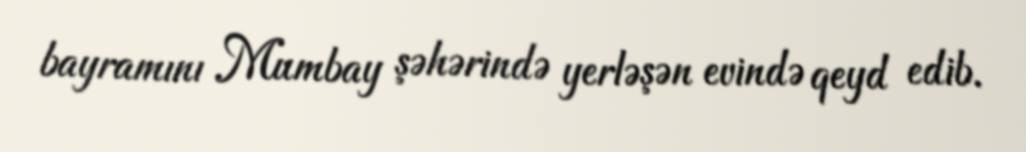
bayramını Mumbay şəhərində yerləşən evində qeyd edib.